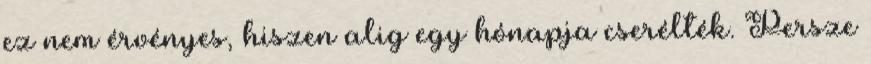
ez nem érvényes, hiszen alig egy hónapja cserélték. Persze